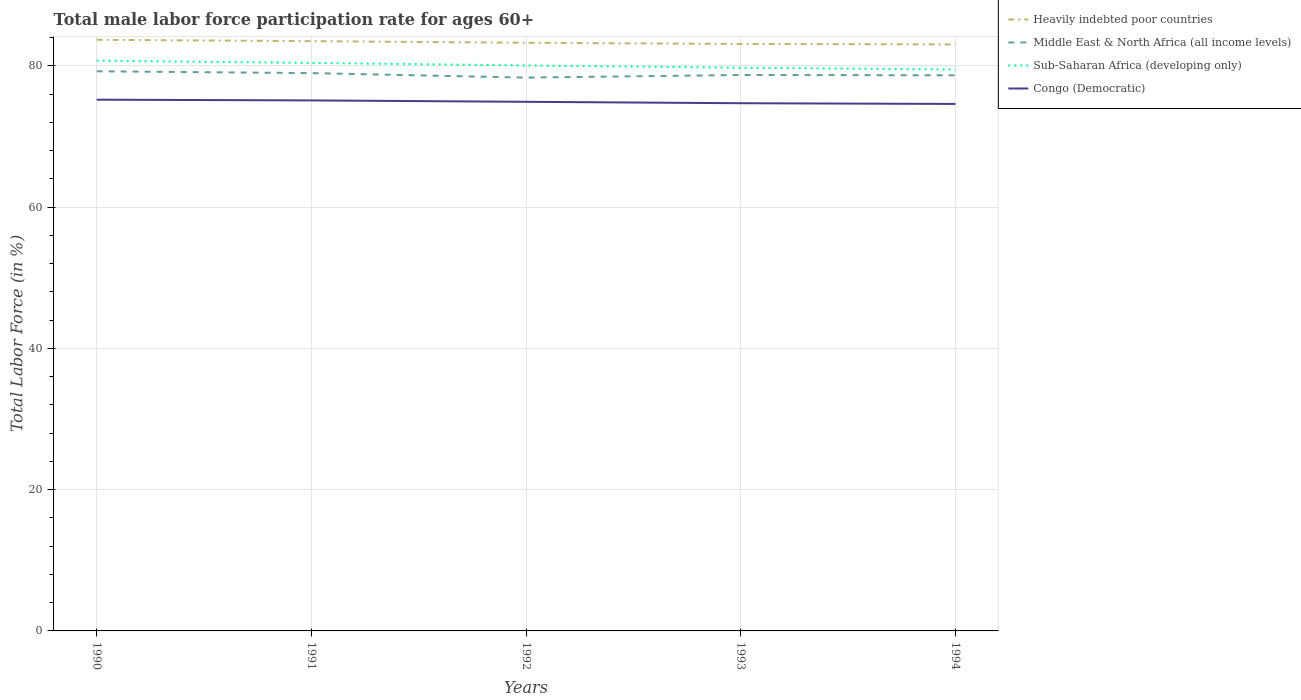
| Years | Heavily indebted poor countries | Middle East & North Africa (all income levels) | Sub-Saharan Africa (developing only) | Congo (Democratic) |
 | --- | --- | --- | --- | --- |
 | 1990 | 83.7 | 79.2 | 80.7 | 75.2 |
 | 1991 | 83.5 | 79 | 80.4 | 75.1 |
 | 1992 | 83.3 | 78.3 | 80 | 74.9 |
 | 1993 | 83.1 | 78.7 | 79.7 | 74.7 |
 | 1994 | 83 | 78.7 | 79.5 | 74.6 |